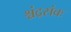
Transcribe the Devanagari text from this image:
श्चंद्रसंवः